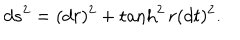
LaTeX: d s ^ { 2 } = ( d r ) ^ { 2 } + \tanh ^ { 2 } r ( d t ) ^ { 2 } .